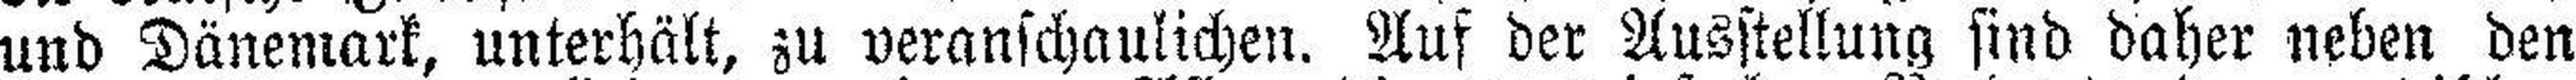
und Dänemark, unterhält, zu veranschaulichen. Auf der Ausstellung sind daher neben den